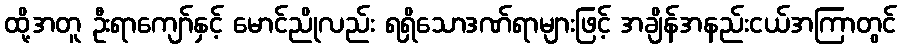
ထို့အတူ ဦးရာကျော်နှင့် မောင်ညိုလည်း ရရှိသောဒဏ်ရာများဖြင့် အချိန်အနည်းငယ်အကြာတွင်